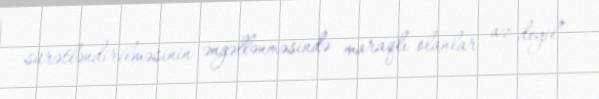
sürətləndirilməsinin əngəllənməsində maraqlı olanlar az deyil”.